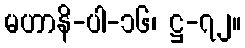
မဟာနိ-ပါ-၁၆၊ ဋ္ဌ-၇၂။